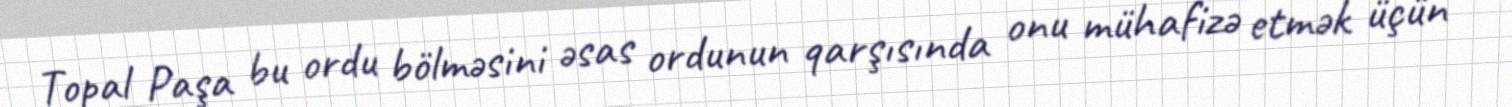
Topal Paşa bu ordu bölməsini əsas ordunun qarşısında onu mühafizə etmək üçün